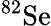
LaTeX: ^{82}\mathrm{Se}